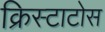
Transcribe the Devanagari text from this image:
क्रिस्टाटोस